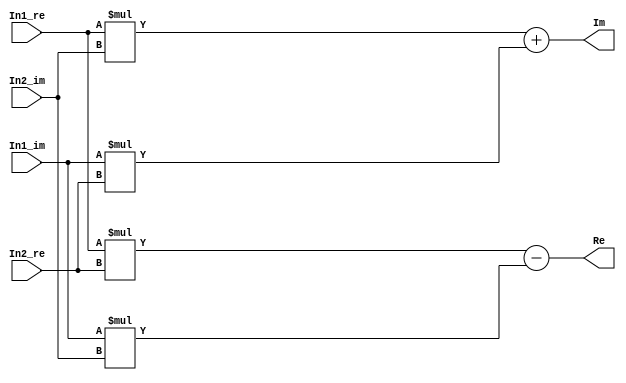
module controllerHdl_Complex_Multiply
          (
           In1_re,
           In1_im,
           In2_re,
           In2_im,
           Re,
           Im
          );


  input   signed [17:0] In1_re;  // sfix18_En16
  input   signed [17:0] In1_im;  // sfix18_En16
  input   signed [17:0] In2_re;  // sfix18_En16
  input   signed [17:0] In2_im;  // sfix18_En16
  output  signed [35:0] Re;  // sfix36_En32
  output  signed [35:0] Im;  // sfix36_En32


  wire signed [35:0] Product_out1;  // sfix36_En32
  wire signed [35:0] Product1_out1;  // sfix36_En32
  wire signed [35:0] Add1_out1;  // sfix36_En32
  wire signed [35:0] Product2_out1;  // sfix36_En32
  wire signed [35:0] Product3_out1;  // sfix36_En32
  wire signed [35:0] Add2_out1;  // sfix36_En32


  // <S33>/Product
  // 
  // <S33>/Complex to Real-Imag1
  // 
  // <S33>/Complex to Real-Imag2
  assign Product_out1 = In1_re * In2_re;



  // <S33>/Product1
  assign Product1_out1 = In1_im * In2_im;



  // <S33>/Add1
  assign Add1_out1 = Product_out1 - Product1_out1;



  assign Re = Add1_out1;

  // <S33>/Product2
  assign Product2_out1 = In1_re * In2_im;



  // <S33>/Product3
  assign Product3_out1 = In1_im * In2_re;



  // <S33>/Add2
  assign Add2_out1 = Product2_out1 + Product3_out1;



  assign Im = Add2_out1;

endmodule